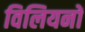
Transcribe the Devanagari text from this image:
विलियनों